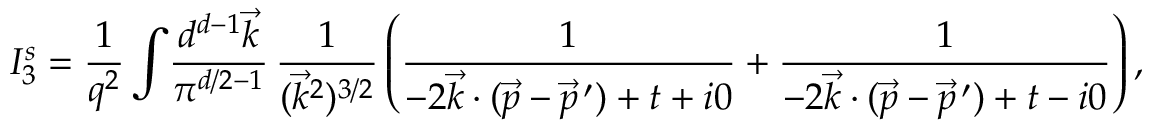
I _ { 3 } ^ { s } = \frac { 1 } { q ^ { 2 } } \int \! \frac { d ^ { d - 1 } \vec { k } } { \pi ^ { d / 2 - 1 } } \, \frac { 1 } { ( \vec { k } ^ { 2 } ) ^ { 3 / 2 } } \left( \frac { 1 } { - 2 \vec { k } \cdot ( \vec { p } - \vec { p } ^ { \, \prime } ) + t + i 0 } + \frac { 1 } { - 2 \vec { k } \cdot ( \vec { p } - \vec { p } ^ { \, \prime } ) + t - i 0 } \right) ,